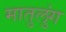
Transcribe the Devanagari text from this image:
मातुलुंग